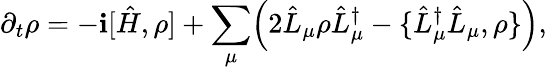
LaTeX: \partial_{t}\rho=-\mathbf{i}[\hat{{H}},\rho]+\sum_{\mu}\Bigl(2\hat{{L}}_{\mu}\rho\hat{{L}}_{\mu}^{\dagger}-\{ \hat{{L}}_{\mu}^{\dagger}\hat{{L}}_{\mu},\rho\} \Bigr),